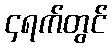
၄ရက်တွင်